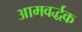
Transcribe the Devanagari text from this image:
आमवर्द्धक